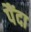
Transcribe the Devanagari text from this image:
पैंदा